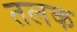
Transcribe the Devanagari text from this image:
तलक